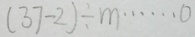
( 3 7 - 2 ) \div m \cdots 0